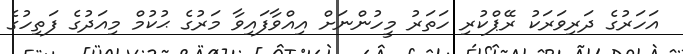
އަހަރުގެ ދަރިވަރަކު ރޭޕްކުރި ހަތަރު މީހުންނަށް އިއްވާފައިވާ މަރުގެ ޙުކުމް މިއަދުގެ ފަތިހުގެ